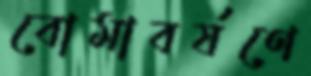
বোমাবর্ষণে